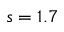
s = 1 . 7